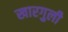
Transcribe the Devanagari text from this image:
खारगुली